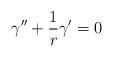
LaTeX: \begin{align*}\gamma ^{\prime \prime} + \frac{1}{r} \gamma ^{\prime} =0\end{align*}